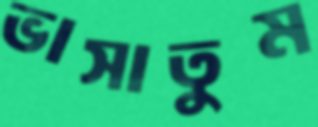
ভাসাতুম